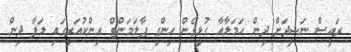
ރައީސް ނަޝީދަށް ދިން ހަމަލާއާ ގުޅިގެން ހިންގި ޕާލަމަންޓް އިންކުއަރީގައި ލަފާ ދިން